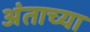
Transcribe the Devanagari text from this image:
अंताच्या